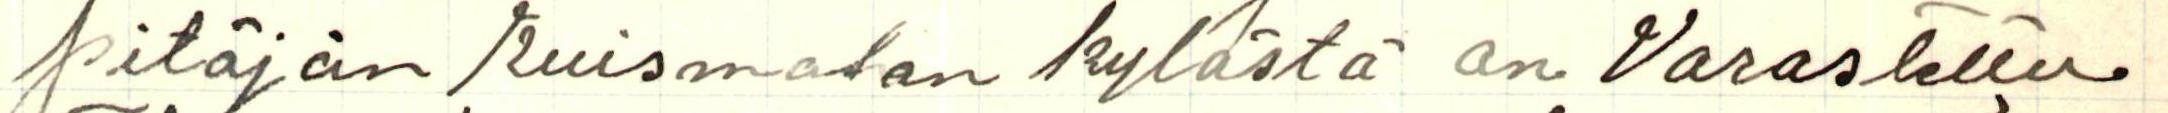
pitäjän Kuismalan kylästä on Varastettu